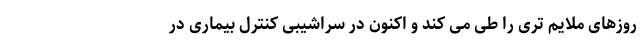
روزهای ملایم تری را طی می کند و اکنون در سراشیبی کنترل بیماری در